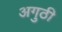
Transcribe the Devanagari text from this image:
अगुठी